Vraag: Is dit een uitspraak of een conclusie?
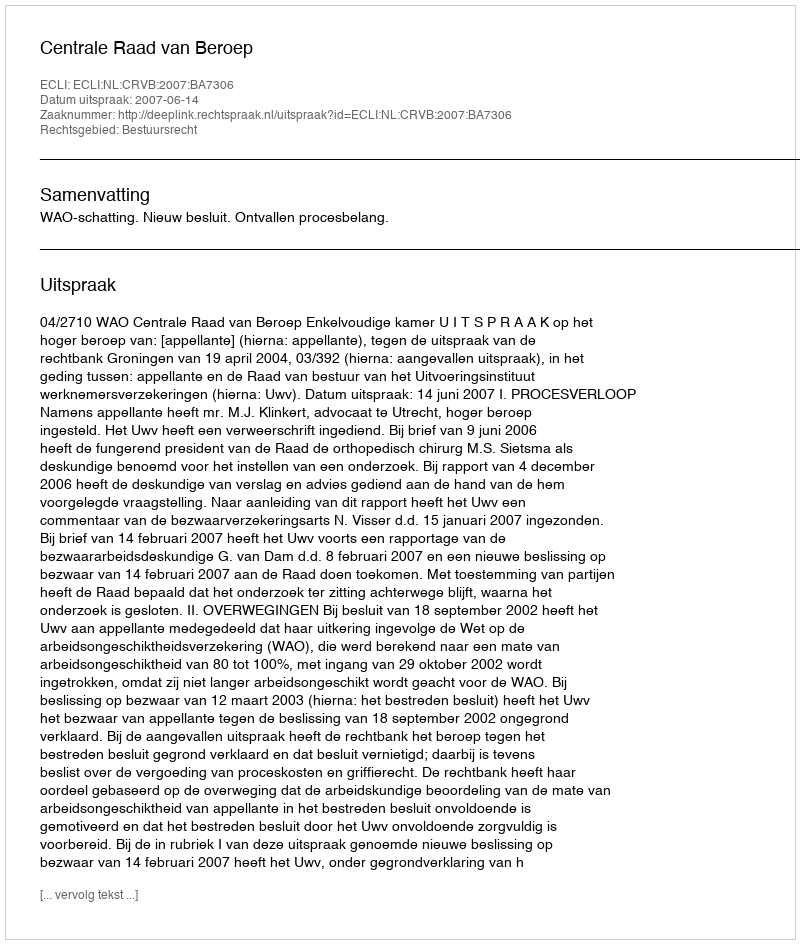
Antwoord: Uitspraak